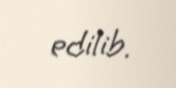
edilib.